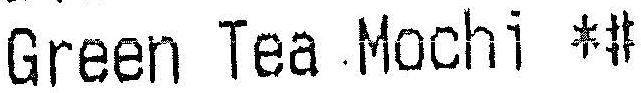
GREEN TEA MOCHI *#